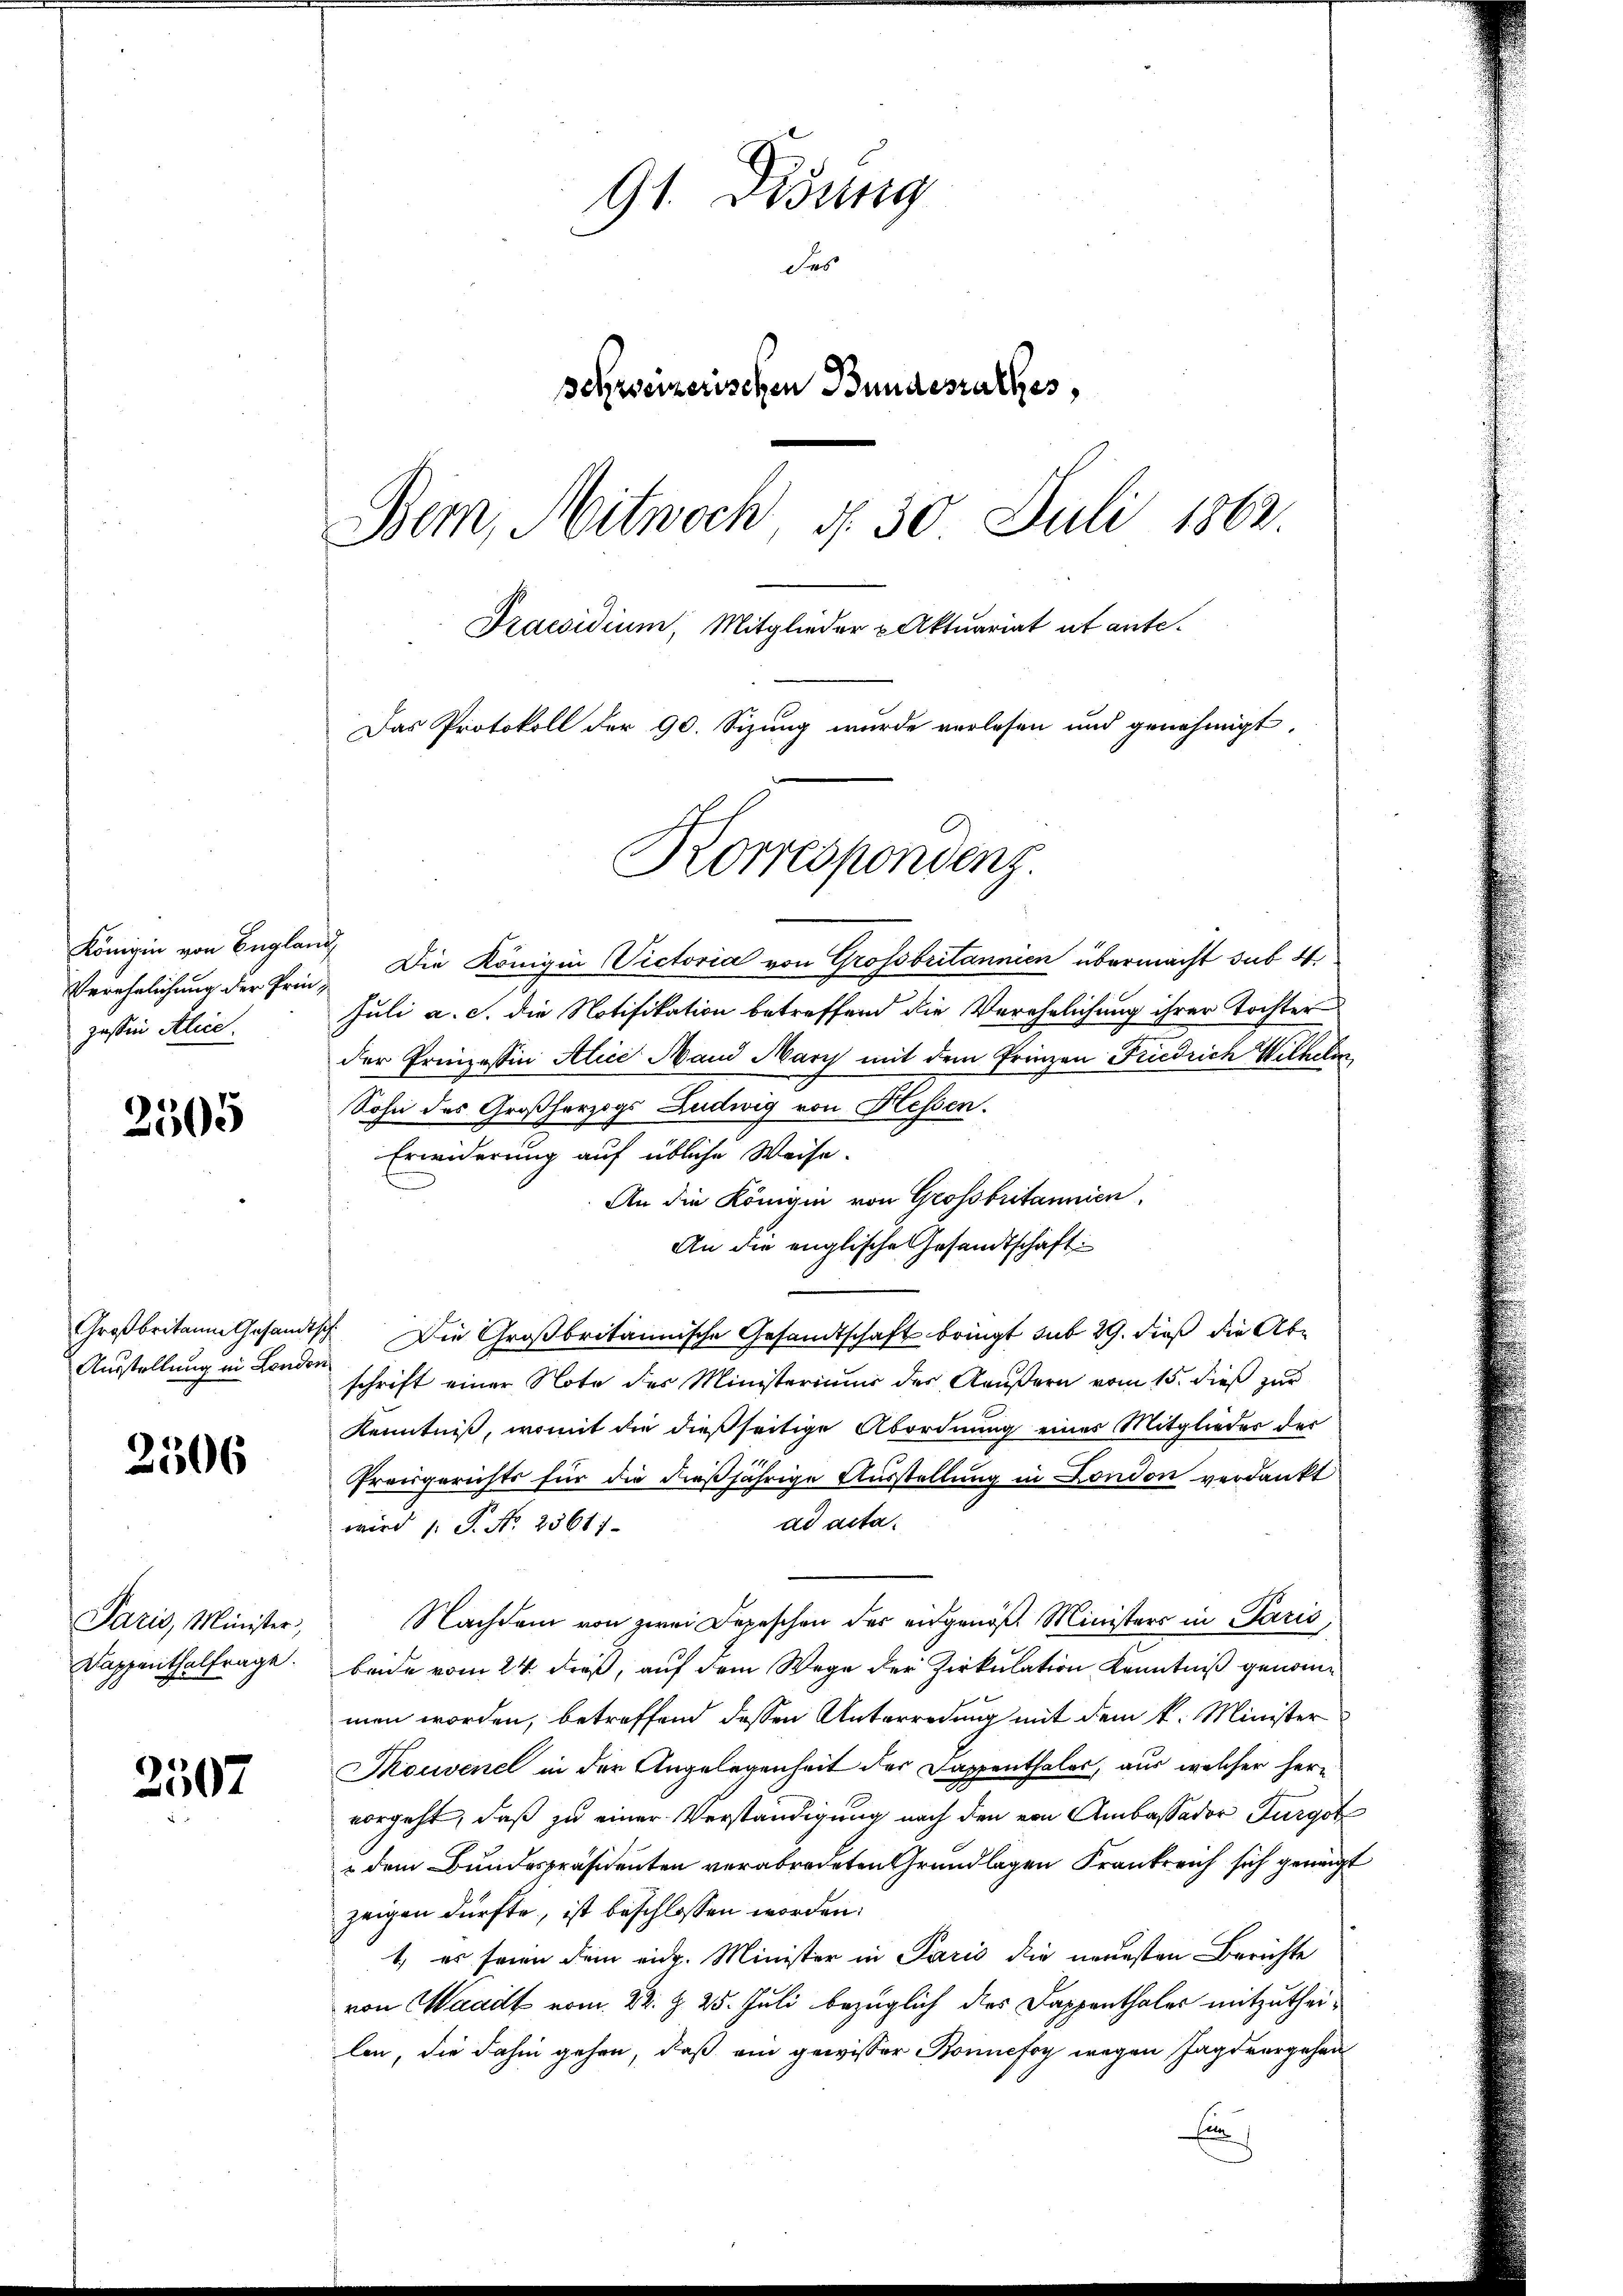
Königin von Englan
Verehelichung der Prin-
passin Alic.

2505

Großbritanne Gesandtsc
Ausstellung in Londor

2506

Aue Münster,
Dappenthalfrage.

2507

91. Disung
Fes
schweizerischen Bundesrathes,
Bern, Mitwoch, d. 30 Juli 1862
Praesidium, Mitglieder Aktuariat et ante.
Das Protokoll der 90. Sizung wurde verlesen und genehmigt,
Korrespondenz

Die Königin Victoria von Grossbritannien übermacht sub. 4.
Juli a. c. die Notifikation betreffend die Verehelichung ihrer Tochter
der Prinzessin Alice Hand Mary mit dem Prinzen Friedrich Wilhelmo
Sohn des Großherzogs Ludwig von Hessen.
Erwiderung auf übliche Weise.
An die Königin von Grossbritannien,
An die englische Gesandtschaft
 Die Großbritannische Gesandtschaft bringt sub 29. dieß die Abschrift einer Note des Ministeriums des Aeußern vom 15. dieß zur
Kenntniß, womit die dießseitige Abordnung eines Mitglieder der
Fraugerichts für die dießjährige Ausstellung in London verdankt
ad acta.
wird (: P. No. 23611
Nachdem von zwei Depeschen der eidgenöß. Ministers in Paris,
beide vom 24. dieß, auf dem Wege der Zirkulation Kenntniß genommen worden, betreffend dessen Unterredung mit dem k. Minister
Souvene in der Angelegenheit der Sappenthales, aus welcher her-
vorgeht, daß zu einer Verständigung nach den von Ambassador Furgot
 dem Bundespräsidenten verabredeten Grundlagen Frankreich sich geneigt
zeigen dürfte, ist beschlossen worden.
1) es seien dem eidg. Minister in Paris die neuesten Berichte
von Waadt vom 22. §. 25. Juli bezüglich dies Dappenthaler mitzutheilen, die dahin gehen, daß ein gewisser Bonnefoy wegen Jagdrergehen
Ein